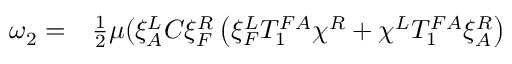
\begin{array} { r l } { \omega _ { 2 } = } & { { } \frac 1 2 \mu ( \xi _ { A } ^ { L } C \xi _ { F } ^ { R } \left( \xi _ { F } ^ { L } T _ { 1 } ^ { F A } \chi ^ { R } + \chi ^ { L } T _ { 1 } ^ { F A } \xi _ { A } ^ { R } \right) } \end{array}